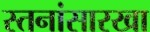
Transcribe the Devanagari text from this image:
स्तनांसारखा